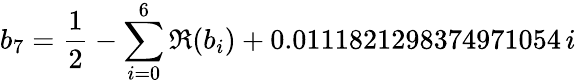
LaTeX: b_{7}=\frac{1}{2}-\sum_{i=0}^{6}\Re(b_{i})+0.0111821298374971054\, i